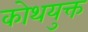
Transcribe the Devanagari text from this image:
कोथयुक्त